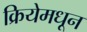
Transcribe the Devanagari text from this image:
क्रियेमधून